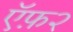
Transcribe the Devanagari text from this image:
ऍफ़२